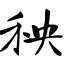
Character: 秧